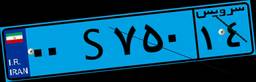
۰۰S۷۵۰۱۴